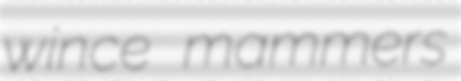
wince mammers